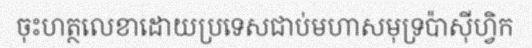
ចុះហត្ថលេខាដោយប្រទេសជាប់មហាសមុទ្រប៉ាស៊ីហ្វិក